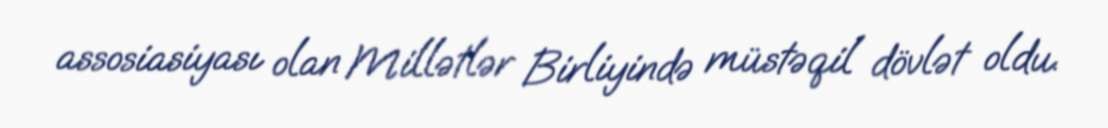
assosiasiyası olan Millətlər Birliyində müstəqil dövlət oldu.